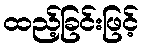
ထည့်ခြင်းဖြင့်